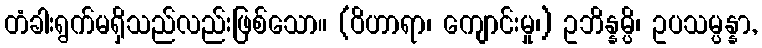
တံခါးရွက်မရှိသည်လည်းဖြစ်သော။ (ဝိဟာရာ၊ ကျောင်းမှု၊) ဥဘိန္နမ္ပိ၊ ဥပသမ္ပန္နာ,